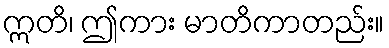
ဣတိ၊ ဤကား မာတိကာတည်း။